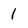
Character: 1